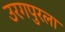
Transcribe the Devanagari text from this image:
उरगपुरला